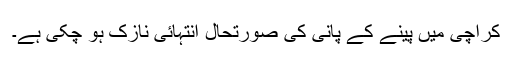
کراچی میں پینے کے پانی کی صورتحال انتہائی نازک ہو چکی ہے۔